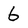
Character: 6